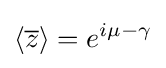
\langle {\overline {z}}\rangle =e^{i\mu -\gamma }